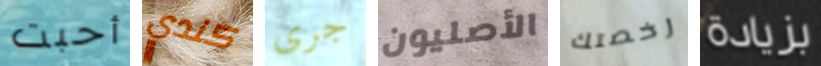
أحبت كندي جرى الأصليون رخصتك بزيادة